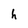
Character: h